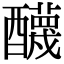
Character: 𨣱